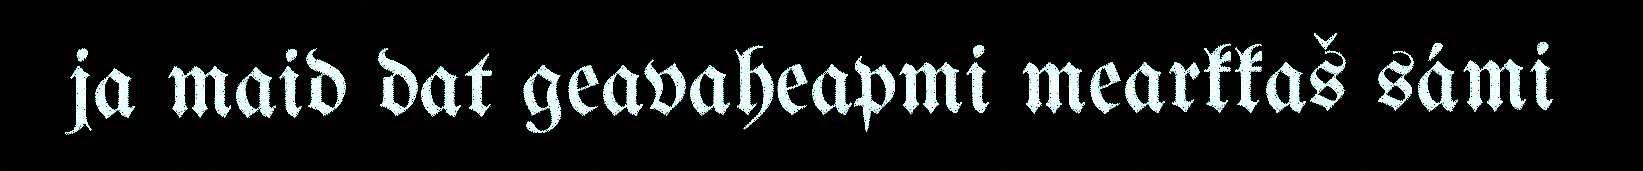
ja maid dat geavaheapmi mearkkaš sámi